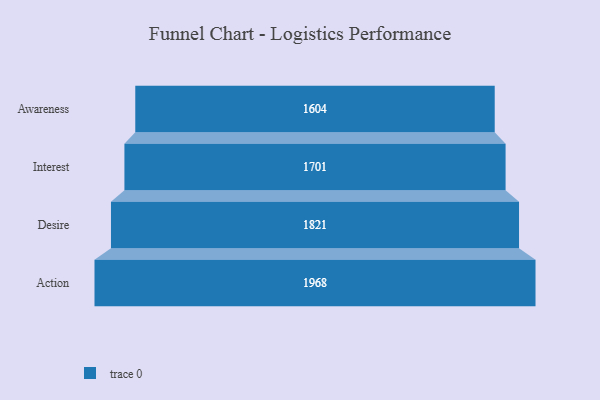
{"axis": {"x": "Stage", "y": "Value"}, "legend": [""], "data": [{"x": "Awareness", "y": 1604.0, "type": ""}, {"x": "Interest", "y": 1701.0, "type": ""}, {"x": "Desire", "y": 1821.0, "type": ""}, {"x": "Action", "y": 1968.0, "type": ""}]}